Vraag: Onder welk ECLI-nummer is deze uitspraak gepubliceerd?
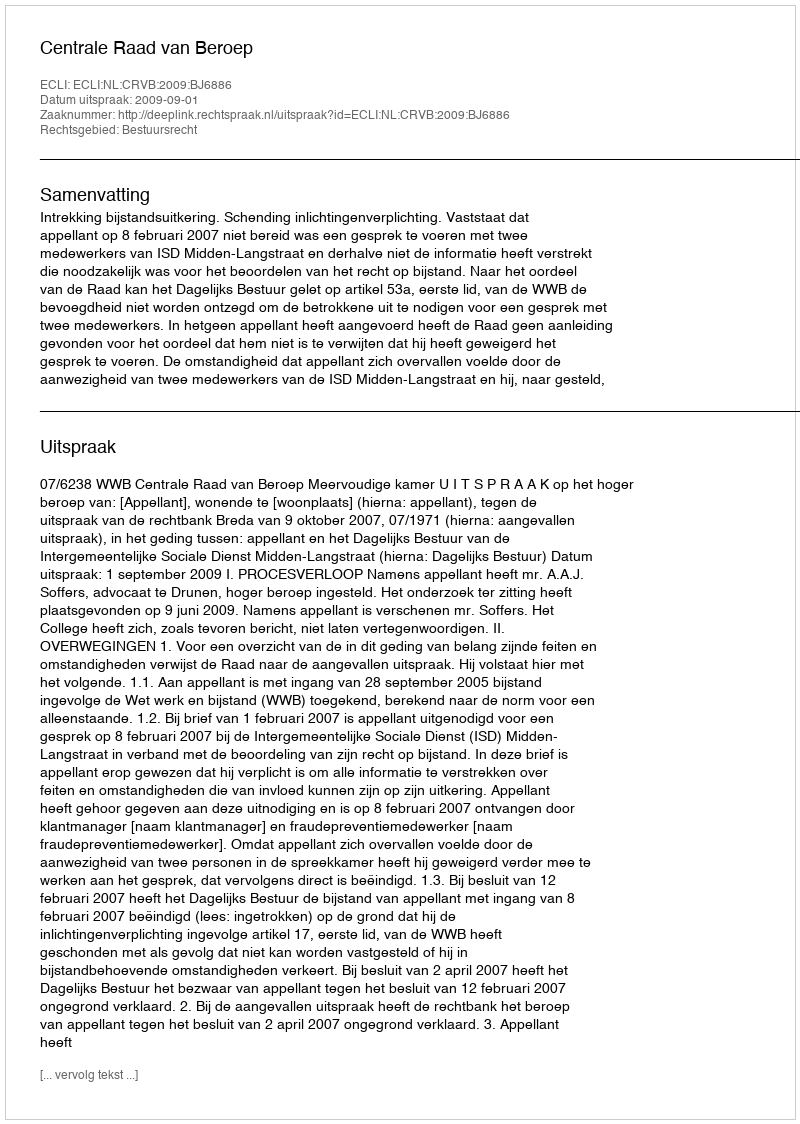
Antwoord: ECLI:NL:CRVB:2009:BJ6886